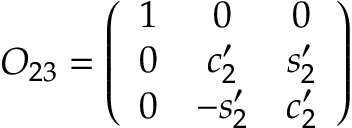
O _ { 2 3 } = \left( \begin{array} { c c c } { { 1 } } & { { 0 } } & { { 0 } } \\ { { 0 } } & { { c _ { 2 } ^ { \prime } } } & { { s _ { 2 } ^ { \prime } } } \\ { { 0 } } & { { - s _ { 2 } ^ { \prime } } } & { { c _ { 2 } ^ { \prime } } } \end{array} \right)